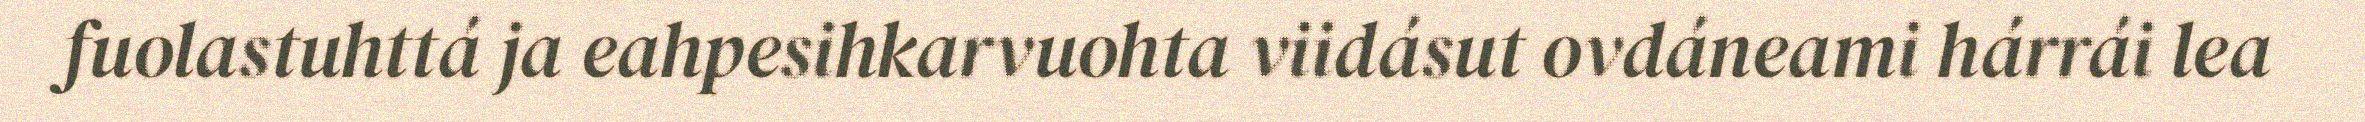
fuolastuhttá ja eahpesihkarvuohta viidásut ovdáneami hárrái lea